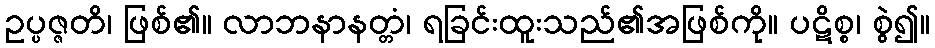
ဥပ္ပဇ္ဇတိ၊ ဖြစ်၏။ လာဘနာနတ္တံ၊ ရခြင်းထူးသည်၏အဖြစ်ကို။ ပဋိစ္စ၊ စွဲ၍။